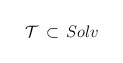
\begin{align*}{\cal T} \, \subset \, Solv \end{align*}